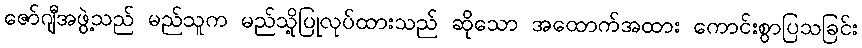
ဇော်ဂျီအဖွဲ့သည် မည်သူက မည်သို့ပြုလုပ်ထားသည် ဆိုသော အထောက်အထား ကောင်းစွာပြသခြင်း